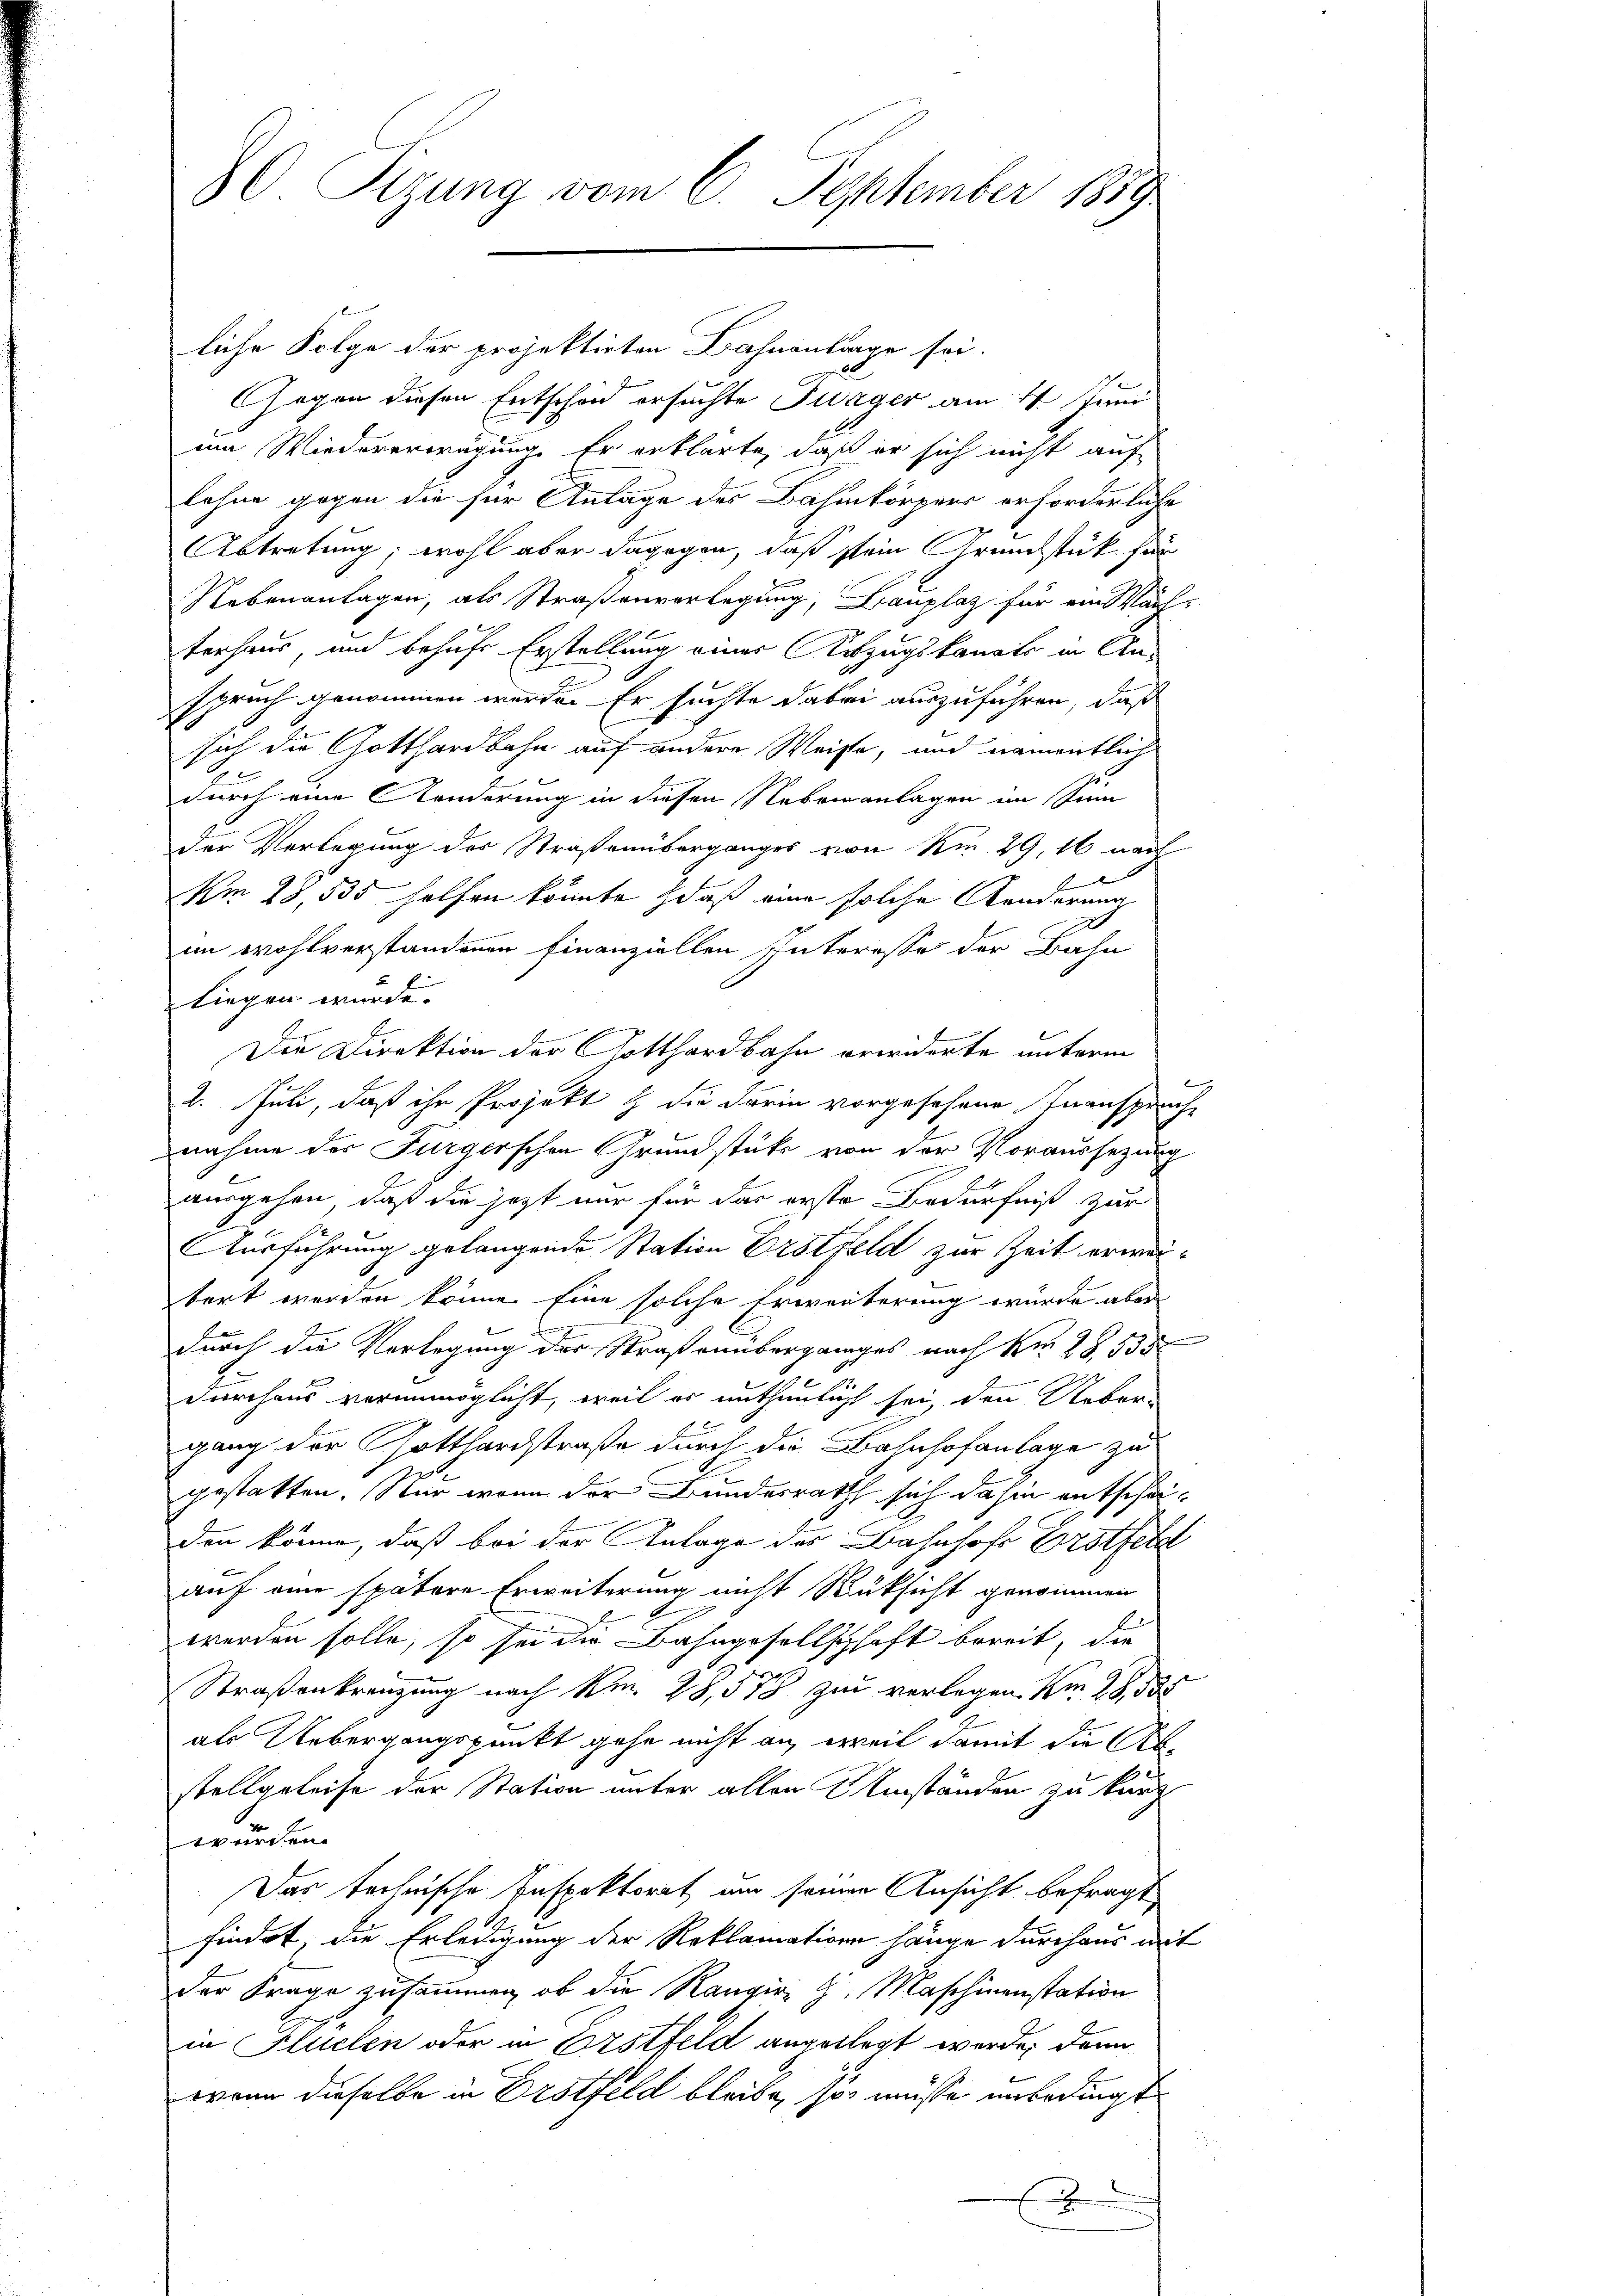
80 Sizung vom 6. September 1889

liche Folge der projektirten Bahnantrage sei.
2
Gegen diesen Entschen ersuchte Swager am 11. Juni
i Wiedererwägung. Er erklärte, daß er sich nicht auf
lehne gegen die für Anlage des Bahnkörpers erforderliche
Abtretung; wohl aber dagegen, daß sein Grundstück für
Nebenanlagen, als Straßenverlegung, Bauplaz für ein Wäch-
terhaus und behufe Erstellung einer Auszugskanato in An-
spruch genommen werde. Er suchte dabei auszuführen, daß
sich die Gotthardbahn auf andere Weise, und namentlich
durch eine Konderung in diesen Nebenanlagen im Sinn
der Verlegung der Straßenüberganges von Am 29. 16 nach
Am 28, 535 holfen könnte, daß eine solche Aenderung
im wohlverstandenen Finanziellen Interesse der Bahn
liegen wurde.
Die Direktion der Gotthardbahn erwiderte unterm
2. Juli, daß ihr Projekt & die darin vorgesehene Inanspruche
nahme des Furgerschen Grundstüke von der Voraussetzung
ausgehen, daß die jetzt nur für das erste Bedürfniß zur
Ausführung gelangende Station Erstfeld zur Zeit erweibert werden könne. Eine solche Erwerberung wurde aber
E
durch die Vorlegung der Straßenüberganges nach Kr. 28 535
durchaus verunmöglicht, weil es unthunlicht sei, den Ueber-
gang der Gotthardstraße durch die Bahnhofanlage zu
gestatten. Nur wenn der Bundesrath sich dahin entscheiden könne, daß bei der Anlage des Bahnhof Erstfetel
auf eine spätere Erweiterung nicht Rüksicht genommen
werden solle, so sei der Bahngesellschaft bereit, die
1
Straßenkranzung nach Kr. 28,578 zu verlegen. Am 28, 535
als Uebergangspunkt gehe nicht an, weil damit die Abstellgeleise der Station unter allen Umständen zu kurz
wurden.
Das technische Inspektorat um seiner Ansicht befragt
.
findet, die Erledigung der Reklamation hänge durchaus mit
der Frage zusammen, ob die Rangiri G. Maschinenstation
in Flüelen oder in Erstfeld angelegt werde; dann
wenn dieselbe in Erstfeld bleibe, so müsse unbedingt
2